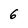
Character: 6